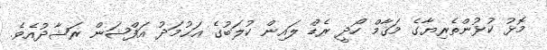
މޮޅު ކުޅުންތެރިޔާގެ މަޤާމް ހޯދީ ރެޑް ލައިން ކުލަބުގެ އަޙުމަދު އަފްޝަން ރަޝާދުއެވެ.